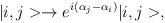
LaTeX: \begin{align*}|i,j> \rightarrow e^{i(\alpha_j-\alpha_i)}|i,j>,\end{align*}